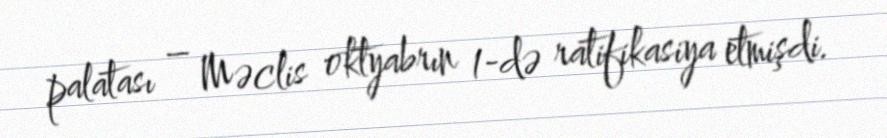
palatası – Məclis oktyabrın 1-də ratifikasiya etmişdi.